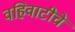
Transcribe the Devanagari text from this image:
वहिवाटीचे